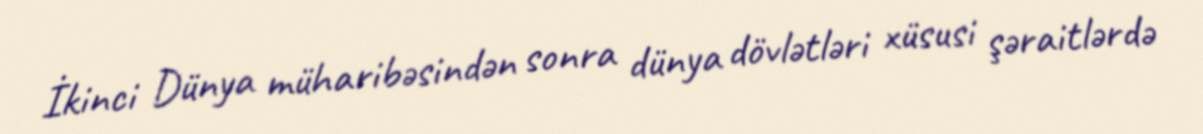
İkinci Dünya müharibəsindən sonra dünya dövlətləri xüsusi şəraitlərdə